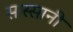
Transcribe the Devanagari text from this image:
सास्सानी